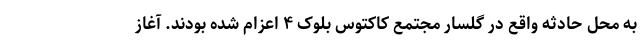
به محل حادثه واقع در گلسار مجتمع کاکتوس بلوک ۴ اعزام شده بودند. آغاز